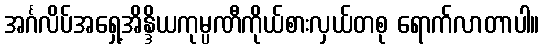
အင်္ဂလိပ်အရှေ့အိန္ဒိယကုမ္ပဏီကိုယ်စားလှယ်တစု ရောက်လာတာပါ။